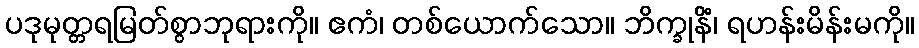
ပဒုမုတ္တရမြတ်စွာဘုရားကို။ ဧကံ၊ တစ်ယောက်သော။ ဘိက္ခုနိံ၊ ရဟန်းမိန်းမကို။